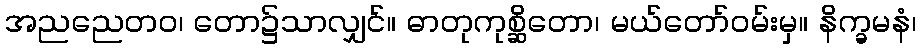
အညညေတဝ၊ တော၌သာလျှင်။ ဓာတုကုစ္ဆိတော၊ မယ်တော်ဝမ်းမှ။ နိက္ခမနံ၊